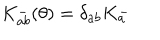
K _ { a b } ^ { - } ( \theta ) = \delta _ { a b } K _ { a } ^ { - }